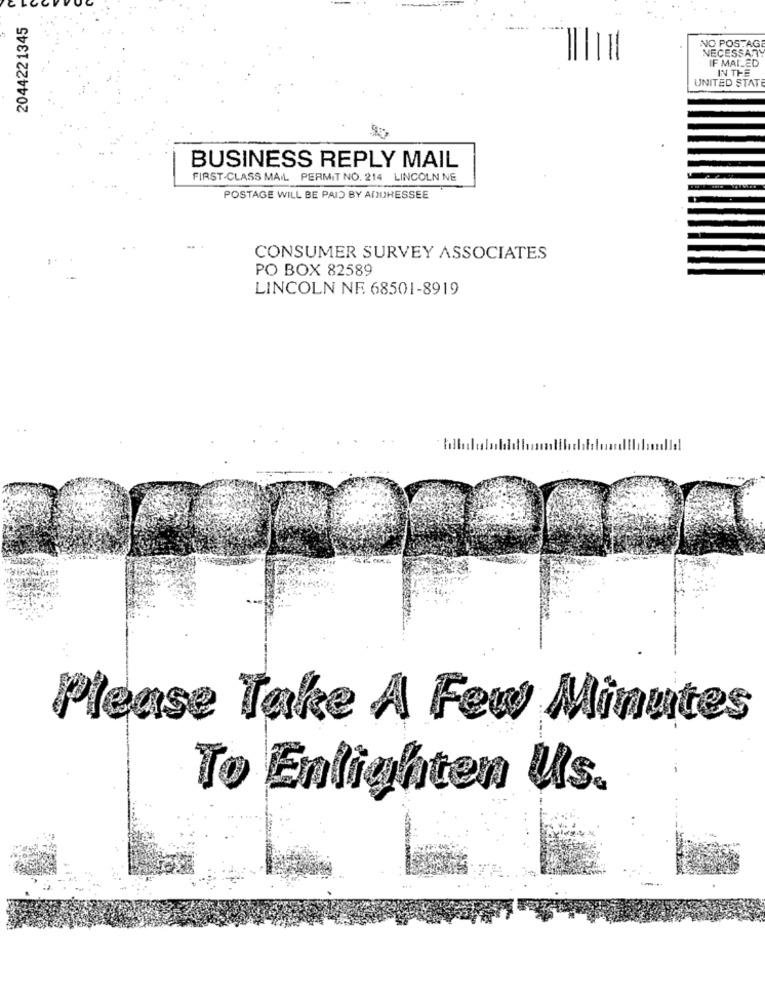
2044221345
NO POSTAG
NECESSARY
IF MAILED
IN THE
UNITED STATE
BUSINESS REPLY MAIL
FIRST-CLASS MAIL PERMIT NO. 214 LINCOLN NE
POSTAGE WILL BE PAID BY ADUHESSEE
CONSUMER SURVEY ASSOCIATES
PO BOX 82589
LINCOLN NE 68501-8919
Please Take A Few Minutes
To Enlighten Us.